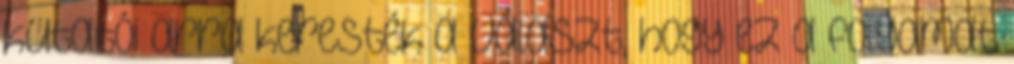
kutatói arra keresték a választ, hogy ez a folyamat